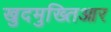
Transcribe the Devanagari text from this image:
खुदमुख्तिआर